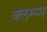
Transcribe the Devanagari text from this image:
क्लम्प्स